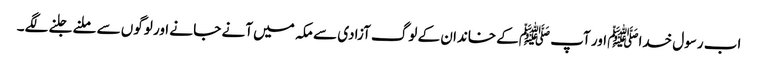
اب رسول خداﷺ اور آپ ﷺکے خاندان کے لوگ آزادی سے مکہ میں آنے جا نے اور لوگوں سے ملنے جلنے لگے۔